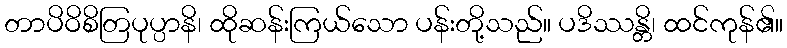
တာပိဝိစိတြပုပ္ပာနိ၊ ထိုဆန်းကြယ်သော ပန်းတို့သည်။ ပဒိဿန္တိ၊ ထင်ကုန်၏။